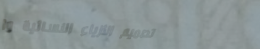
تصميم الأزياء النسائية وا